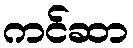
ကင်ဆာ